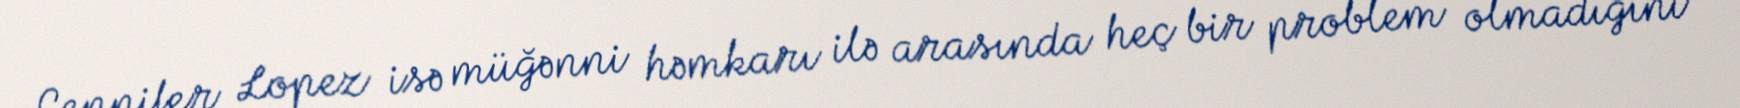
Cennifer Lopez isə müğənni həmkarı ilə arasında heç bir problem olmadığını